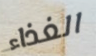
الغذاء